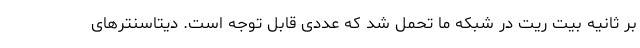
بر ثانیه بیت ریت در شبکه ما تحمل شد که عددی قابل توجه است. دیتاسنترهای